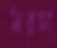
মরচা